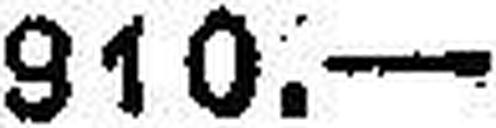
910.—